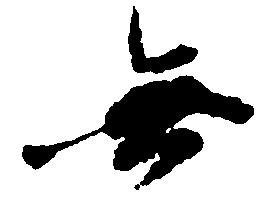
無